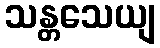
သန္တသေယျ